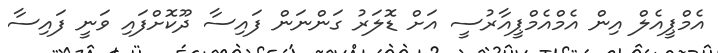
އެމްޕީއެލް އިން އެމްއެމްޕީއާރުސީ އަށް ޑޮލަރު ގަންނަން ފައިސާ ދޫކޮށްފައި ވަނީ ފައިސާ